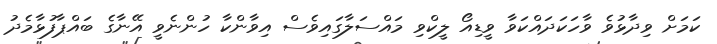
ކަމަށް ވިދާޅުވެ ވާހަކަދައްކަވާ ވީޑިއޯ ލީކްވި މައްސަލާގައިވެސް އިވާންކާ ހުންނެވީ އޭނާގެ ބައްޕާފުޅާމެދު